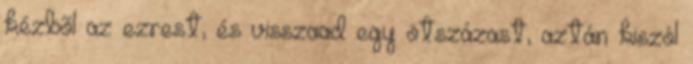
kézbõl az ezrest, és visszaad egy ötszázast, aztán kiszól